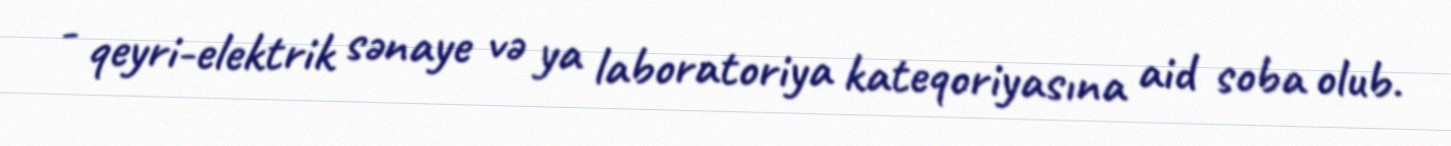
- qeyri-elektrik sənaye və ya laboratoriya kateqoriyasına aid soba olub.